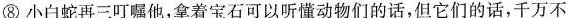
⑧小白蛇再三叮嘱他，拿着宝石可以听懂动物们的话，但它们的话，千万不